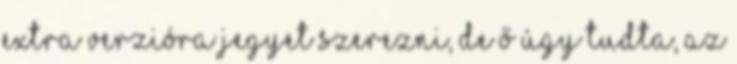
extra verzióra jegyet szerezni, de ő úgy tudta, az